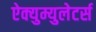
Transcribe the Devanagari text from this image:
ऐक्युम्युलेटर्स